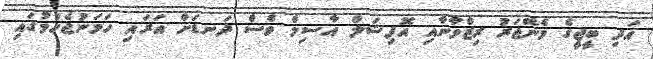
އަދި ބީޖީގެ މެނޭޖަރު ރިޒްވާނާއި އޮފިޝަލް އާސިމް ވެސް ދަނޑަށް އަރައި ހަމަނުޖެހުމުގައި